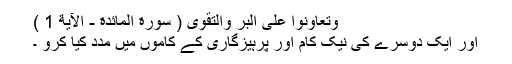
وَتَعَاوَنُوا عَلَى الْبِرِّ وَالتَّقْوَى ( سورة المائدة - الآية 1 )
اور ایک دوسرے کی نیک کام اور پرہیزگاری کے کاموں میں مدد کیا کرو ۔